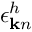
\epsilon _ { { \bf k } n } ^ { h }